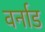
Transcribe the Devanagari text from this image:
वर्नाड